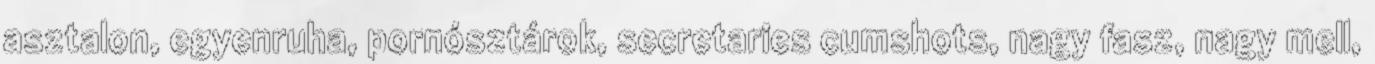
asztalon, egyenruha, pornósztárok, secretaries cumshots, nagy fasz, nagy mell,